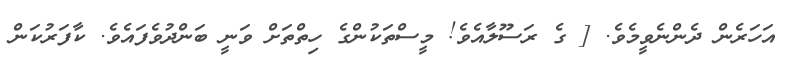
އަހަރެން ދެންނެވީމެވެ. [ ގެ ރަސޫލާއެވެ! މީސްތަކުންގެ ހިތްތަށް ވަނީ ބަންދުވެފައެވެ. ކާފަރުކަން